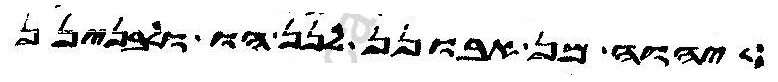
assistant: יהוה מן אבונן לנן הו ולבנינן